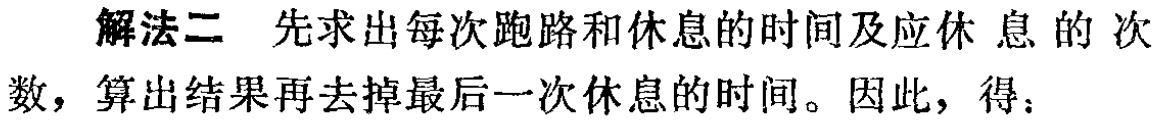
解法二 先求出每次跑路和休息的时间及应休 息 的 次
数，算出结果再去掉最后一次休息的时间。因此，得：